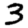
Digit: 3